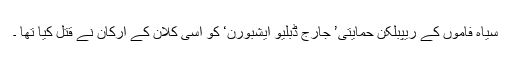
سیاہ فاموں کے ریپبلکن حمایتی’ جارج ڈبلیو ایشبورن‘ کو اسی کلان کے ارکان نے قتل کیا تھا ۔